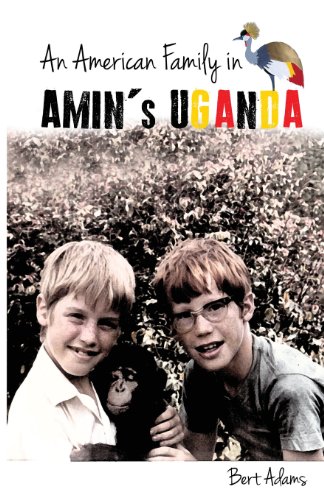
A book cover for An American Family in Amin's Uganda; Bert Adams; Travel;